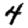
Digit: 4